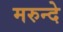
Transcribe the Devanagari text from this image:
मरुन्दे